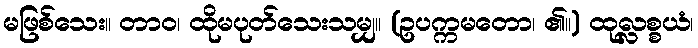
မဖြစ်သေး။ တာဝ၊ ထိုမပုတ်သေးသမျှ။ (ဥပက္ကမတော၊ ၏။) ထုလ္လစ္စယံ၊